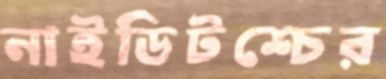
নাইডিটশ্চের